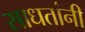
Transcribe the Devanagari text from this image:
साधतांनी